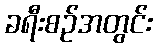
ခရီးစဉ်အတွင်း